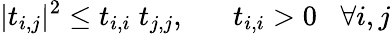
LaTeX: |t_{i,j}|^{2}\leq t_{i,i}\; t_{j,j},\; \; \; \; \; \; t_{i,i}>0\; \; \; \forall i,j